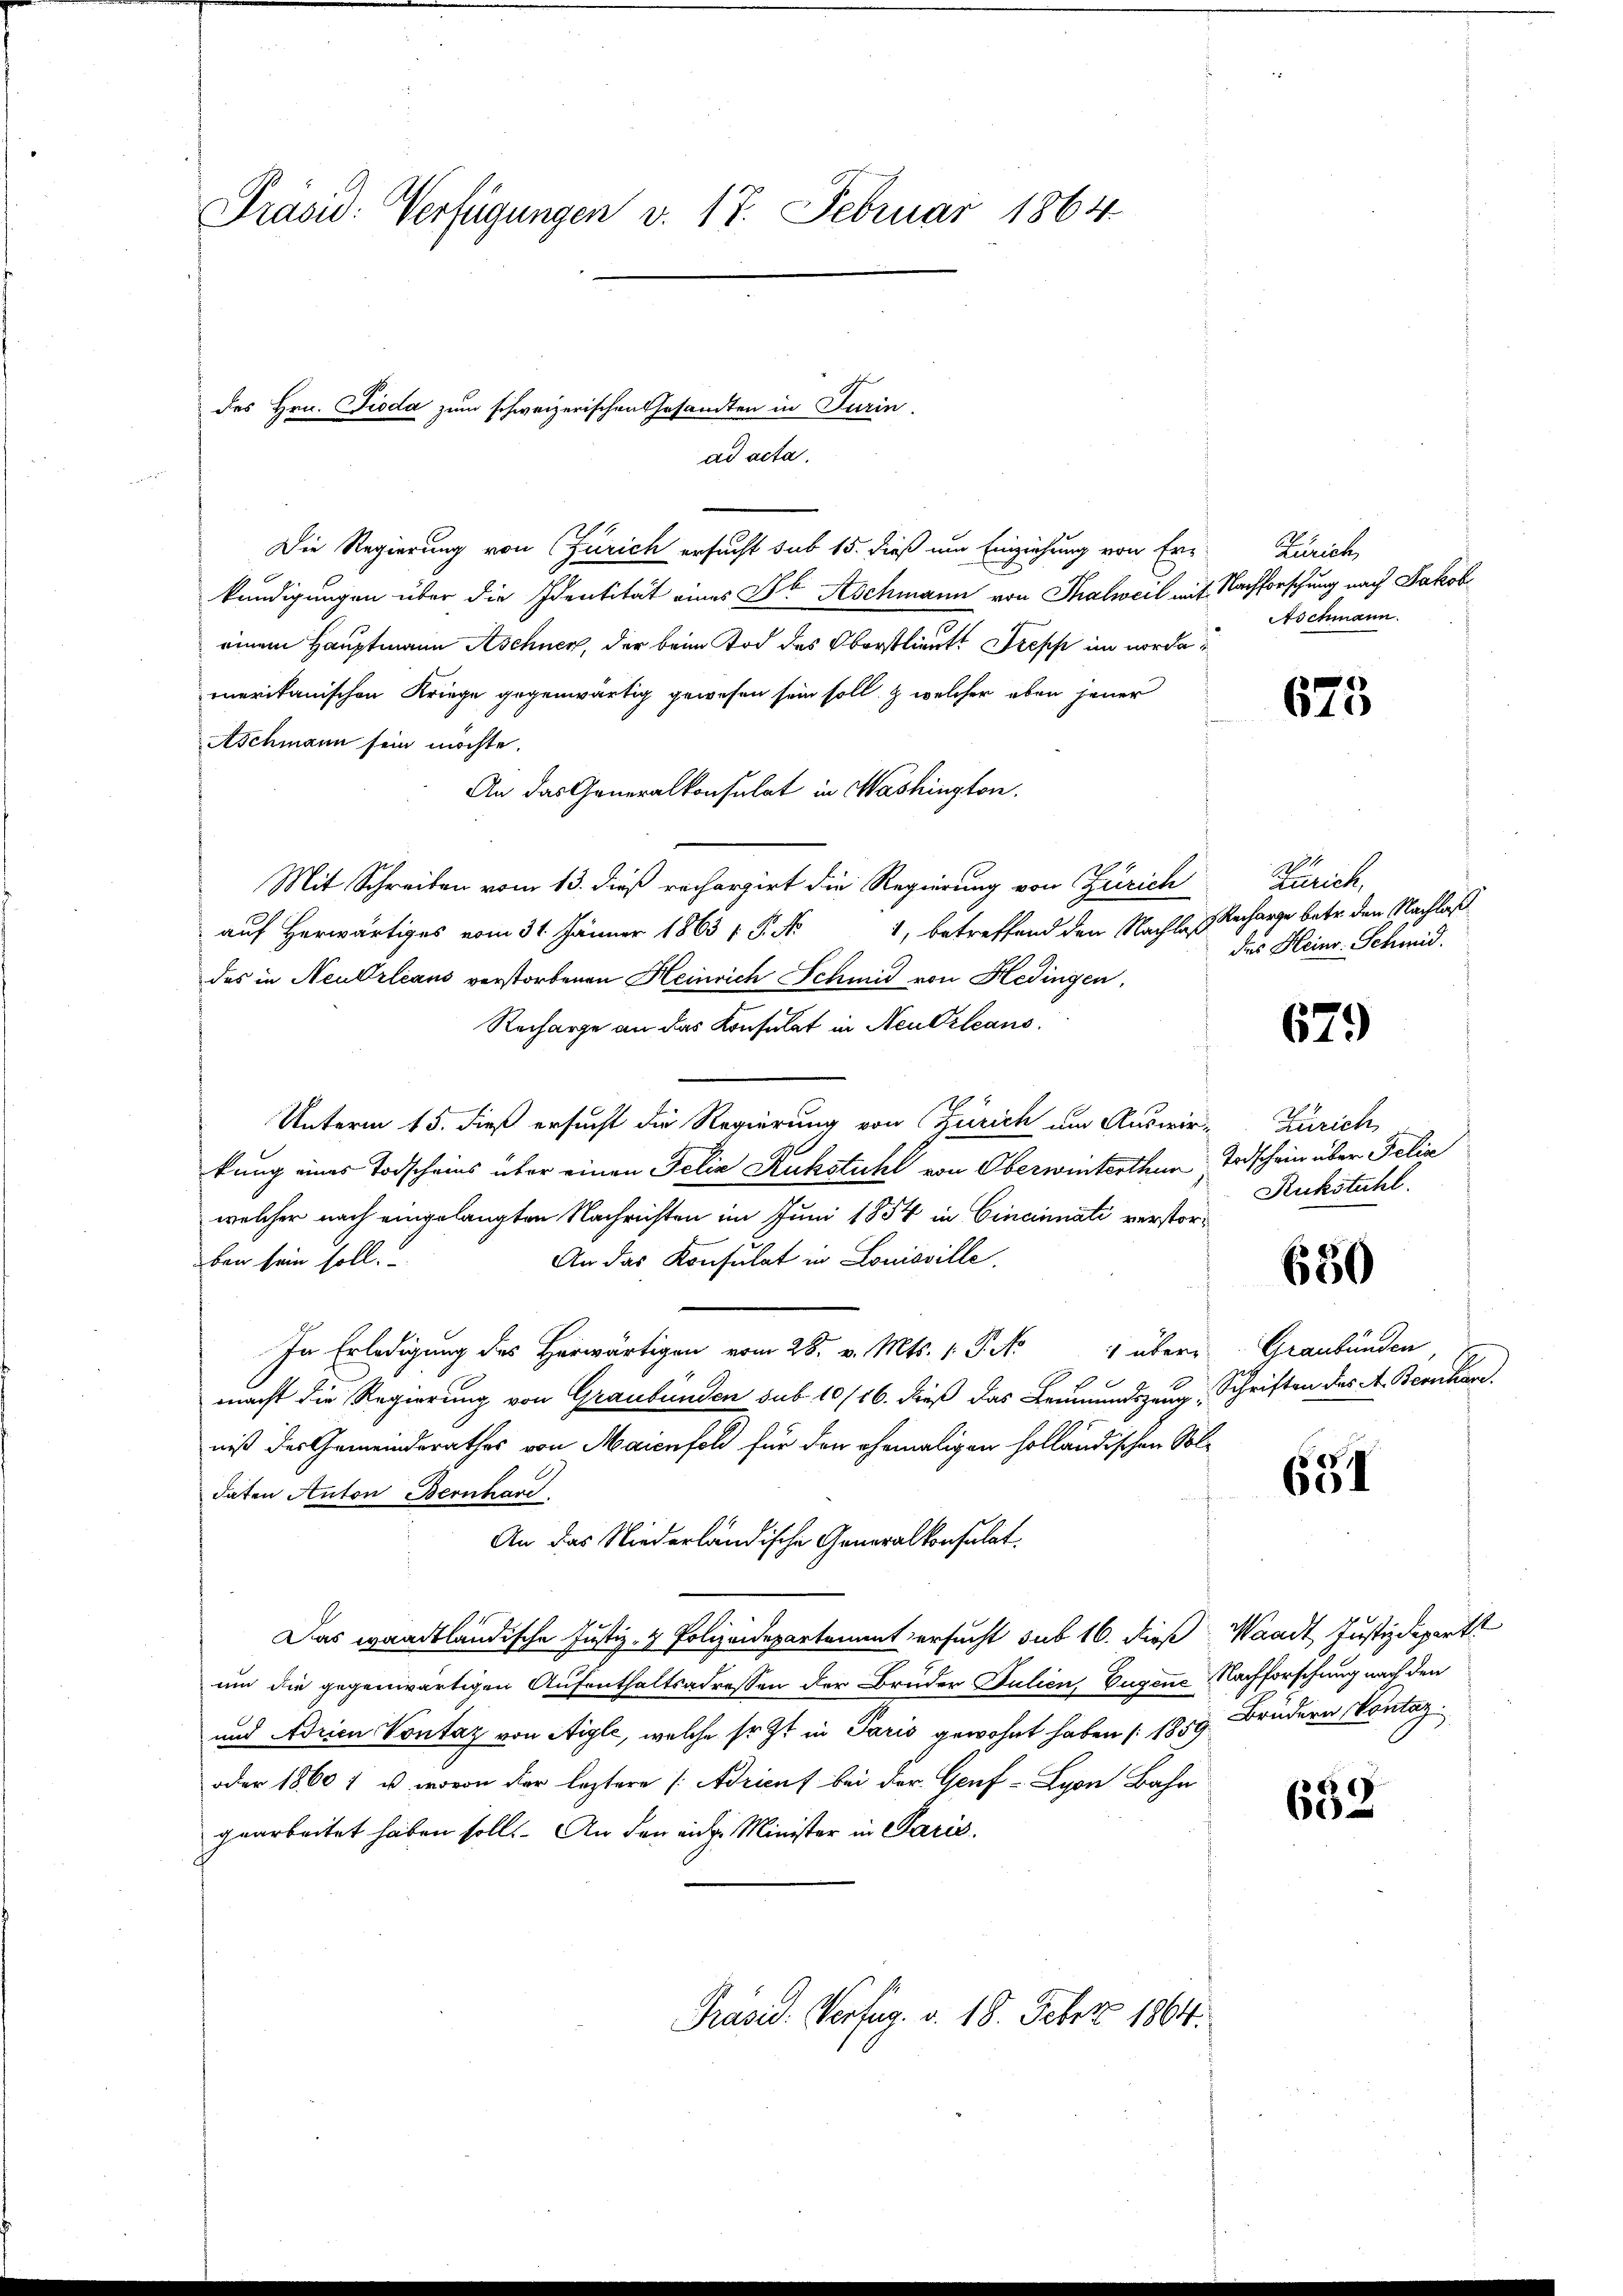
Präsid: Verfügungen v. 17. Februar 1864.

Die Regierung von Zürich ersucht sub 15. dieß um Einziehung von Er-
kundigungen über die Identität eines Dr Aschmann von Thalweil mit Nachforschung nach Jakob
einem Hauptmann Aschner, der beim Tod des Oberstlieut. Trepp im norde
merikanischen Kriege gegenwärtig gewesen sein soll. Z welcher eben jener
Aschmann sein möchte.
An das Generalkonsulat in Washington.
Mit Schreiben vom 13. dieß rechargirt die Regierung von Zürich
1, betreffend den Nachles Recharge betr. den Nachlaß
auf Herwärtiges vom 31. Jänner 1863 f. P. No
des in Neudrleans verstorbenen Heinrich Schmid von Hedingen.
Recharge an das Konsulat in Neukzleans
Unterm 15. dieß ersucht die Regierung von Zürich um Auswir-Zürich
kung eines Todscheins über einen Felix Rukstuhl von Oberwinterthum Todschein über Felix
welcher nach eingelangten Nachrichten im Juni 1854 in Cincinnati verstor¬
An das Konsulat in Louisville
ben sein soll.
In Erledigung des Herwärtigen vom 28. v. Mts. 1. P. No 1 über Graubünden
macht die Regierung von Graubünden sub 10/16. dieß das Leumundszeug, Schriften des A. Bernhar
niß des Gemeindsrathes von Maienfeld für den ehemaligen holländischen Kol-
daten Anton Bernhard
An das Niederländische Generalkonsulat
Das waadtländische Justiz- & Polizeidepartement ersucht sub 16. dieß Waadt, Justizdepartt
um die gegenwärtigen Aufenthaltsadressen der Bruder Julien, Eugene Nachforschung nach den
und Adrien Vontag von Aigle, welche so ist in Paris gewohnt haben (1859. Brudern, Vontag.
oder 1860) u. wovon der leztere |: Adricus bei der Genf - Lyon Bahn
gearbeitet haben sollt. An den eich Minister in Paris.
Präsid. Verfug. v. 18. Feber 1804.

des Hrn. Fioda zum schweizerischen Gesandten in Turin,
ad acta.

Kunit
Aschmann.

675

Kanit
des Heinr. Schmid.

679

Rukstuhl.

650

651

632